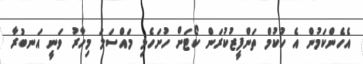
އެހެންކަމުން އެ ހުކުމް ތަންފީޒުކުރަން ކޯޓަށް ހުށަހެޅި މައްސަލަ މިހާރު ވަނީ އަނބުރާ